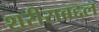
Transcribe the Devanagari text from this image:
शरीराबद्दल